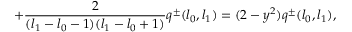
+ \frac { 2 } { ( l _ { 1 } - l _ { 0 } - 1 ) ( l _ { 1 } - l _ { 0 } + 1 ) } q ^ { \pm } ( l _ { 0 } , l _ { 1 } ) = ( 2 - y ^ { 2 } ) q ^ { \pm } ( l _ { 0 } , l _ { 1 } ) ,